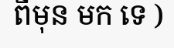
ពីមុន មក ទេ )